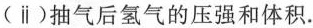
(ⅱ)抽气后氢气的压强和体积.